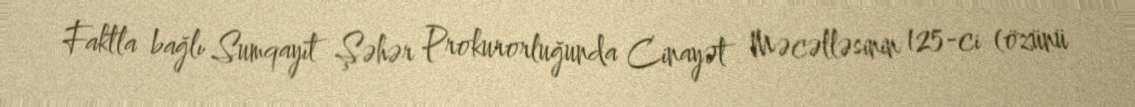
Faktla bağlı Sumqayıt Şəhər Prokurorluğunda Cinayət Məcəlləsinin 125-ci (özünü